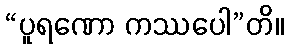
“ပူရဏော ကဿပေါ”တိ။